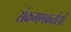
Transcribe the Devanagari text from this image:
संक्रमणकर्ताओं